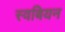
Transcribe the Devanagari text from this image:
स्वबियन